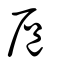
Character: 扈